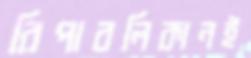
রিপাবলিকানই